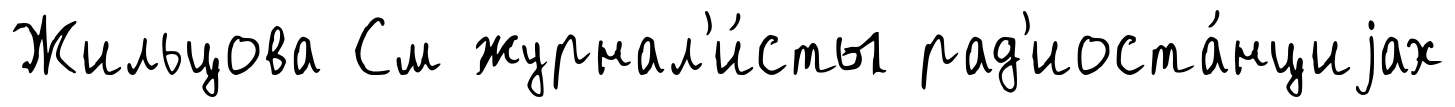
Жильцова См журнал'и́сты рад'иоста́нциjах